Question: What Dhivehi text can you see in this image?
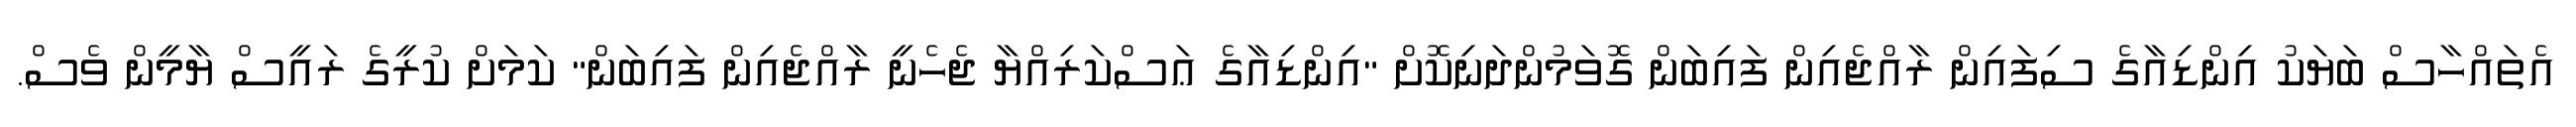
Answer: އެތައްހާސް ބަޔަކު އިންޑިއާގެ ސިފައިން ރާއްޖެއިން ފައިބަން ގޮވަމުންދަނިކޮށް "އިންޑިއާގެ ޢަސްކަރިއްޔާ ޖެހެނީ ރާއްޖެއިން ފައިބަން" ކަމަށް ކުރީގެ ރައީސް ޔާމީން ވެސް.